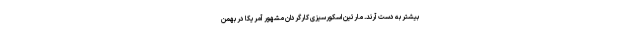
بیشتر به دست آرند. مارتین اسکورسیزی کارگردان مشهور آمریکا در بهمن